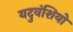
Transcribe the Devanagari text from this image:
यदुवंशियो